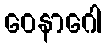
ဝေနာဂေါ